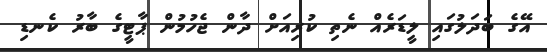
އޭގެ ބަދަލުގައިި ލީޑަރެއް ނެތި ކުރިއަށް ދާން ޖެހުމުން ޕާޓީގެ ބާރު ކެނޑި